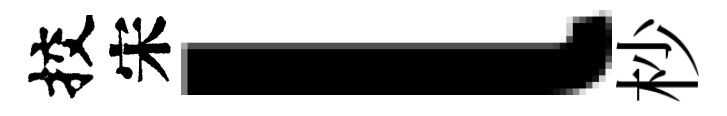
挍宋l杪